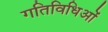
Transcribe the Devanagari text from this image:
गतिविधिओं